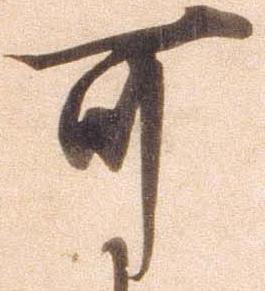
可